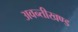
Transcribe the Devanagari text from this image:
अवन्तीखण्ड